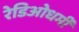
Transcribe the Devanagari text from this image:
रेडिओधर्मी